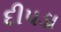
દીપડા